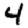
Digit: 4